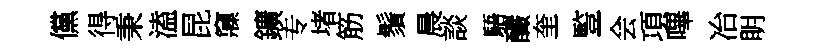
儻得秉溘昆䆿鑛专堵筋鬚晨談䮏釅奎䜿会項嗶冶眀